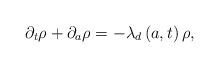
LaTeX: \begin{align*}\partial _{t}\rho +\partial _{a}\rho =-\lambda _{d}\left( a,t\right) \rho ,\end{align*}